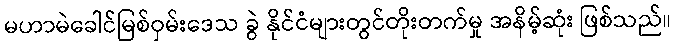
မဟာမဲခေါင်မြစ်ဝှမ်းဒေသ ခွဲ နိုင်ငံများတွင်တိုးတက်မှု အနိမ့်ဆုံး ဖြစ်သည်။